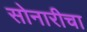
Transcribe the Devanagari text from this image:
सोनारीचा